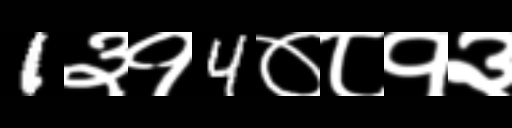
Text: 1३१4०८१३